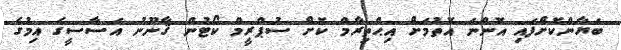
ބަޔާންކޮށްފައި އޮންނަ އޮތުމަށް އިޙްތިރާމް ކޮށް ސުޕްރީމް ކޯޓުން ޤާނޫނު އަސާސީގެ އިމުގެ